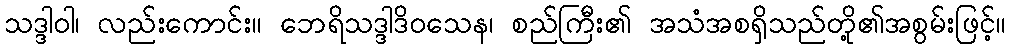
သဒ္ဒါဝါ၊ လည်းကောင်း။ ဘေရိသဒ္ဒါဒိဝသေန၊ စည်ကြီး၏ အသံအစရှိသည်တို့၏အစွမ်းဖြင့်။